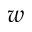
w